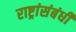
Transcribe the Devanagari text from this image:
राष्ट्रांसंबंधी